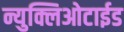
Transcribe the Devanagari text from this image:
न्युक्लिओटाईड